38_143685_box_Incident_Summaries_173-233
Agency: Department of War
Page 106
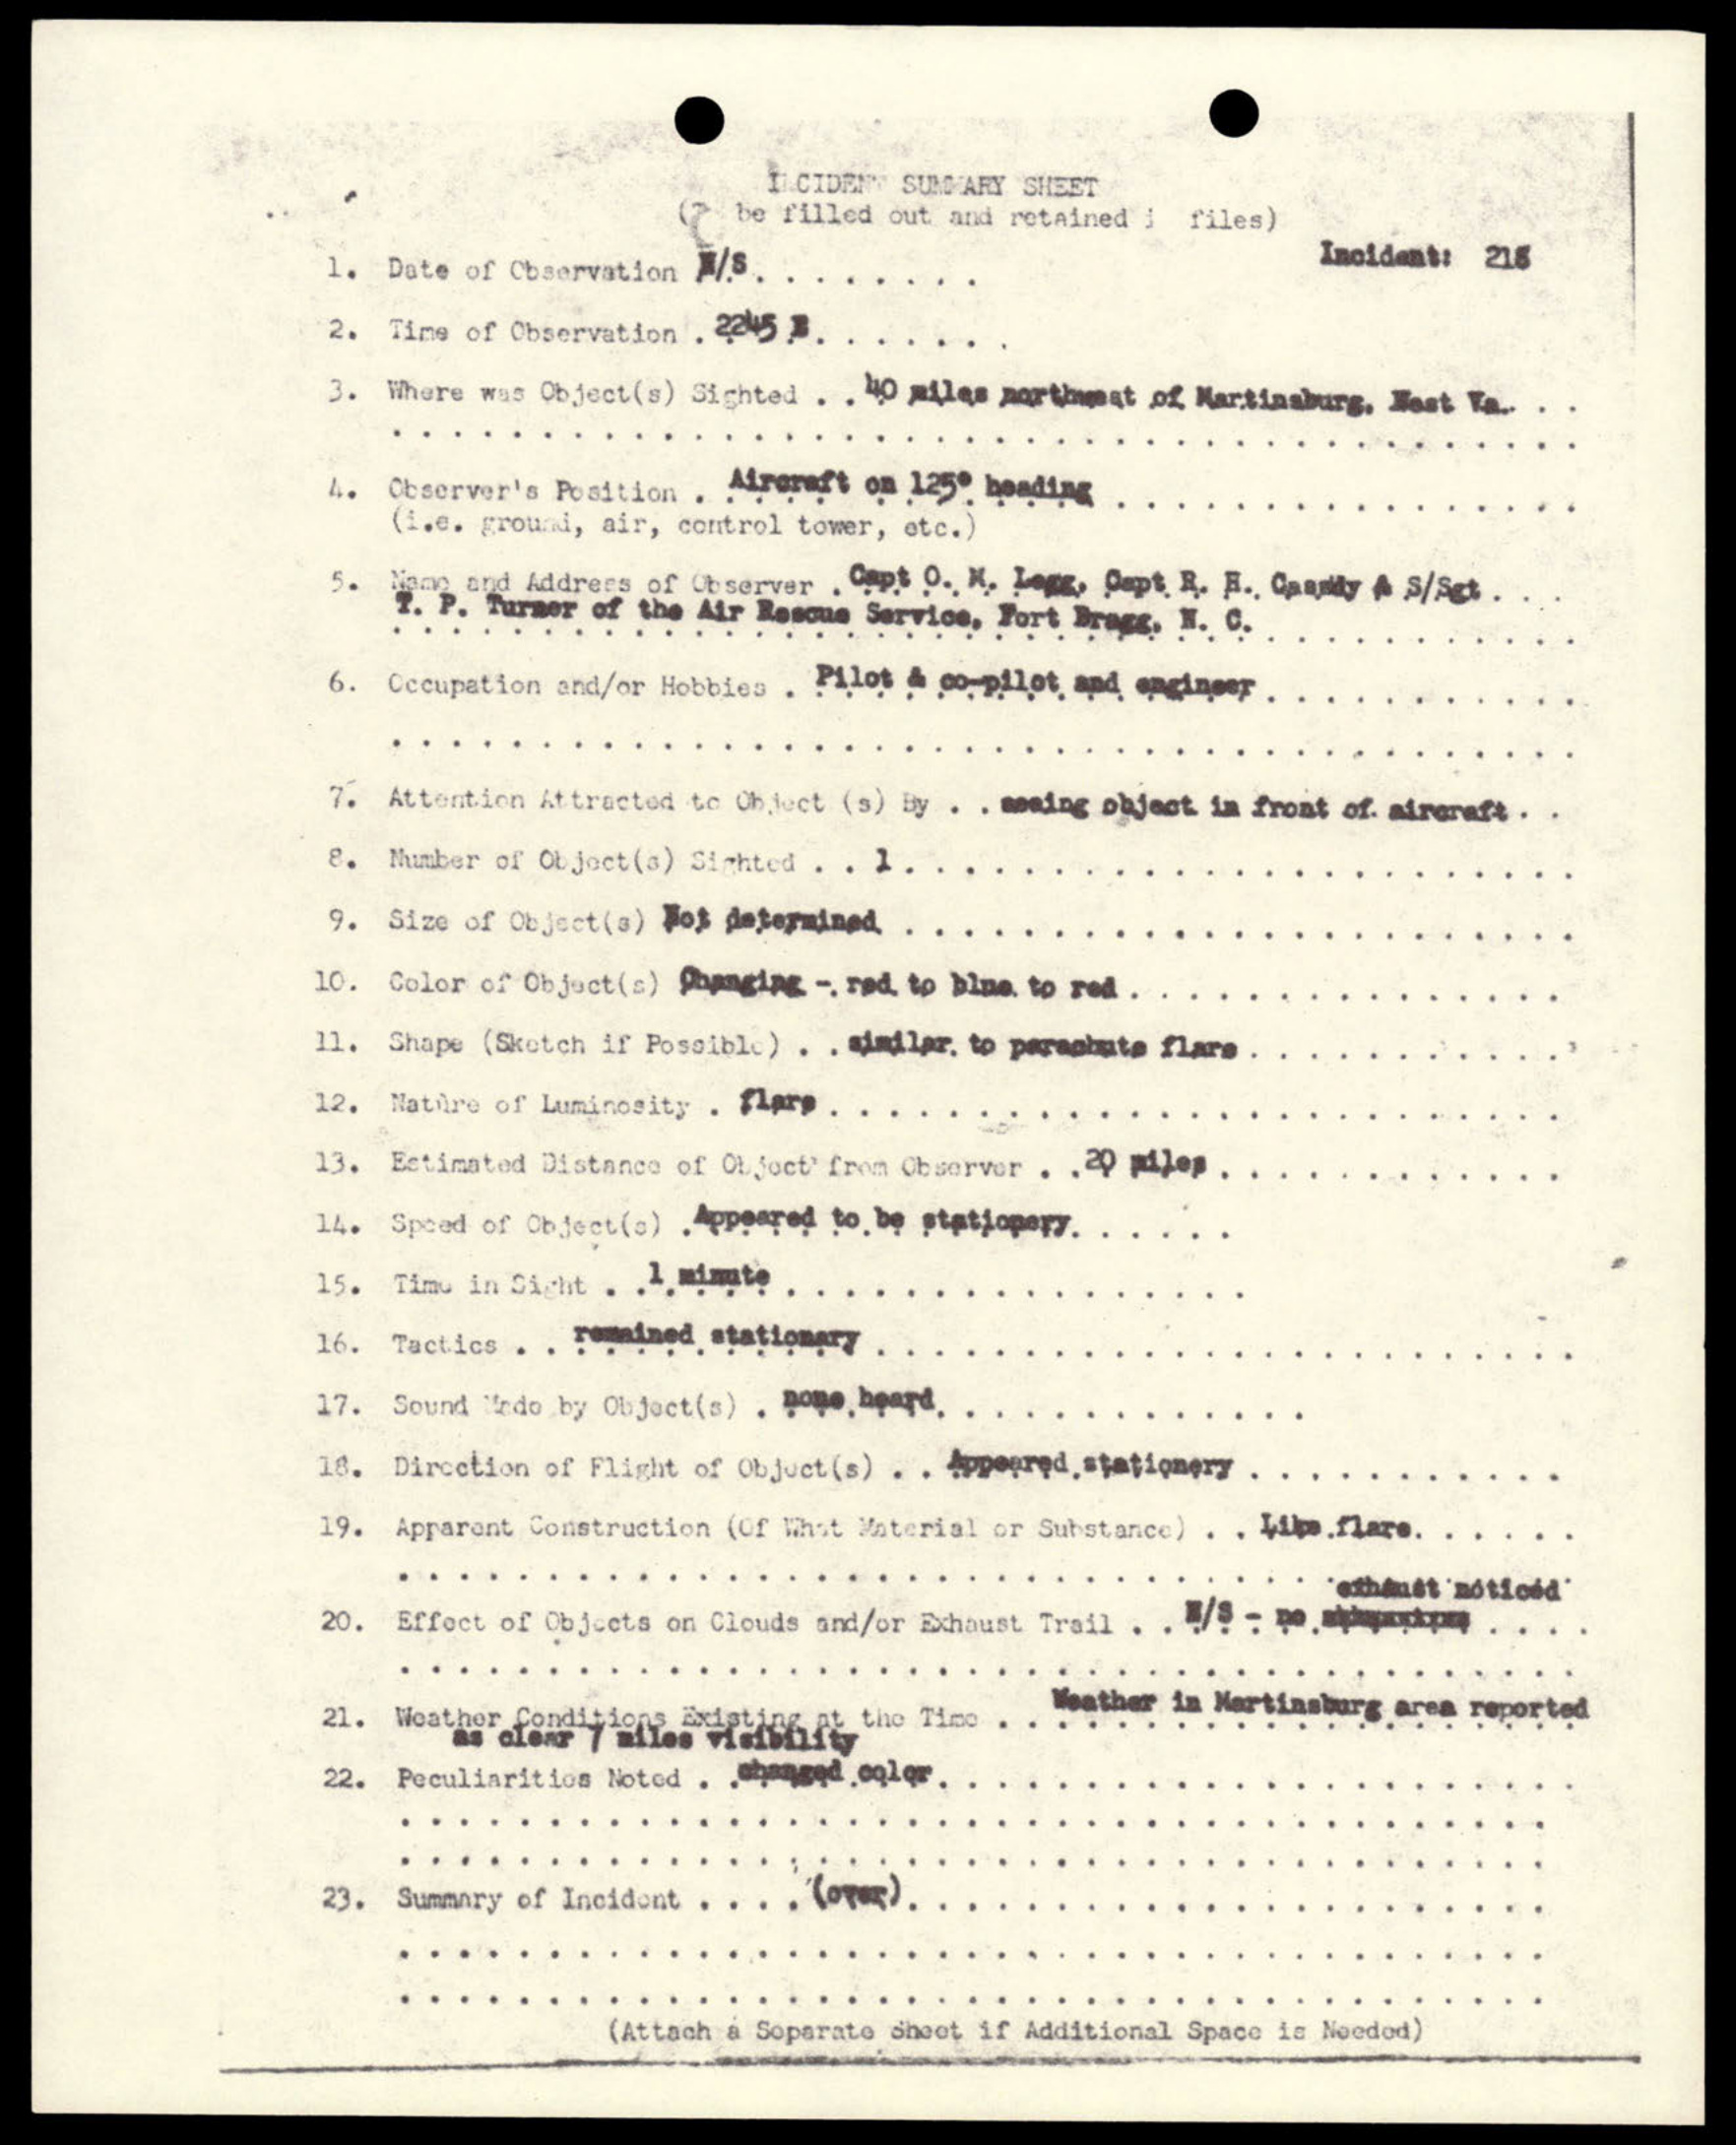